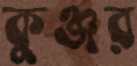
কুঞ্জর